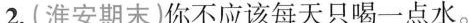
2.(淮安期末 )你不应该每天只喝一点水。